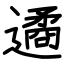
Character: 遹